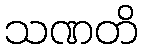
သဏတိ